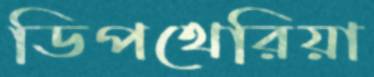
ডিপথেরিয়া